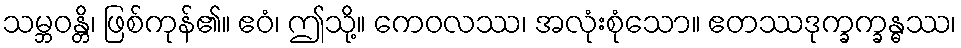
သမ္ဘဝန္တိ၊ ဖြစ်ကုန်၏။ ဧဝံ၊ ဤသို့။ ကေဝလဿ၊ အလုံးစုံသော။ ဧတဿဒုက္ခက္ခန္ဓဿ၊